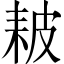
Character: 耚